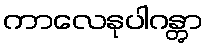
ကာလေနုပါဂန္တွာ